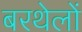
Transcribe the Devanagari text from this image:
बरथेलों